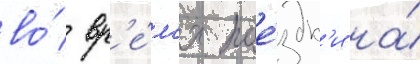
во́ вр'е́м'я пое́здк'и на́